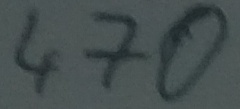
Text: 470